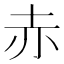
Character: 赤